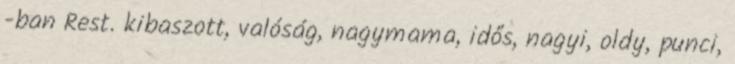
-ban Rest. kibaszott, valóság, nagymama, idős, nagyi, oldy, punci,